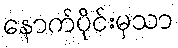
နောက်ပိုင်းမှသာ